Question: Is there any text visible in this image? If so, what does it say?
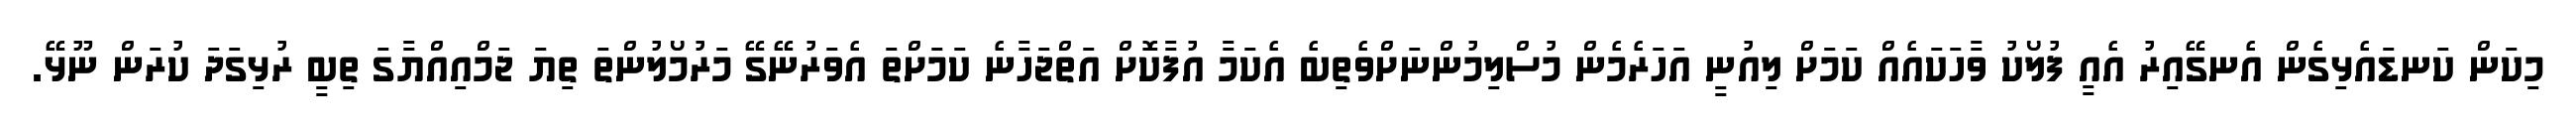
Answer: މިކަން ކަނޑައެޅިގެން އެނގޭއިރު އެއީ ފުލޯކު ވާހަކައެއް ކަމަށް ލިއުނީ އަހަރެމެން މުސްލިމުންނަށްވެތިބެ އެކަމާ އުފާކޮށް އަތްޖަހާނެ ކަމަށްތަ އެވަރުނޭގޭ މަރުމޯލުންތަ ތިޔަ ޖަމްއިއްޔާގަ ތިބީ ރުޅިގަދަ ކުރަން ނޫޅޭ.